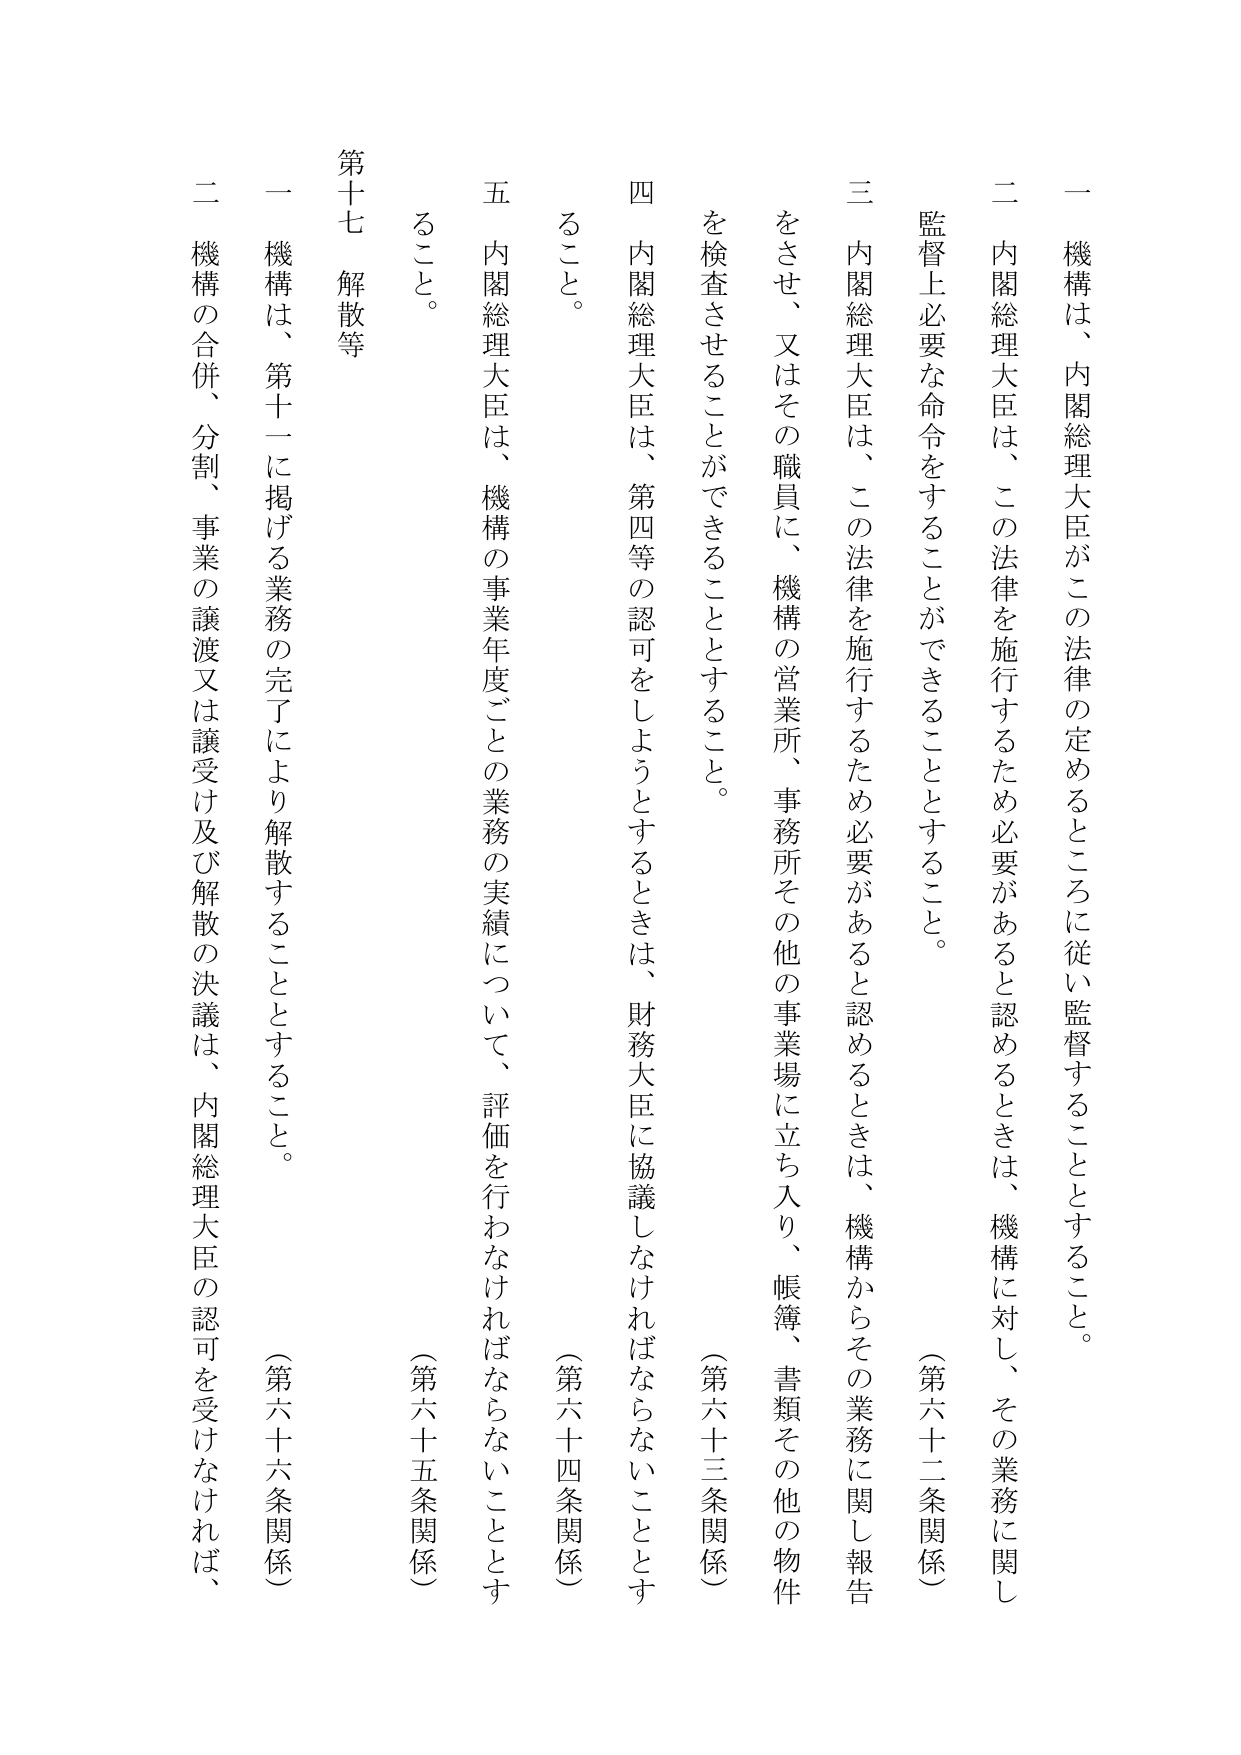
一 機構は、内閣総理大臣がこの法律の定めるところに従い監督することとする。

二 内閣総理大臣は、この法律を施行するため必要があると認めるときは、機構に対し、その業務に関し監督上必要な命令をすることができる thing とすること。

（第六十二条関係）

三 内閣総理大臣は、この法律を施行するため必要があると認めるときは、機構からその業務に関し報告をさせ、又はその職員に、機構の営業所、事務所その他の事業場に立ち入り、帳簿、書類その他の物件を検査させることができることとすること。

（第六十三条関係）

四 内閣総理大臣は、第四等の認可をしようとするときは、財務大臣に協議しなければならないこととすること。

（第六十四条関係）

五 内閣総理大臣は、機構の事業年度ごとの業務の実績について、評価を行わなければならないこととすること。

（第六十五条関係）

第十七 解散等

一 機構は、第十一に掲げる業務の完了により解散することとすること。

（第六十六条関係）

二 機構の合併、分割、事業の譲渡又は譲受け及び解散の決議は、内閣総理大臣の認可を受けなければ、